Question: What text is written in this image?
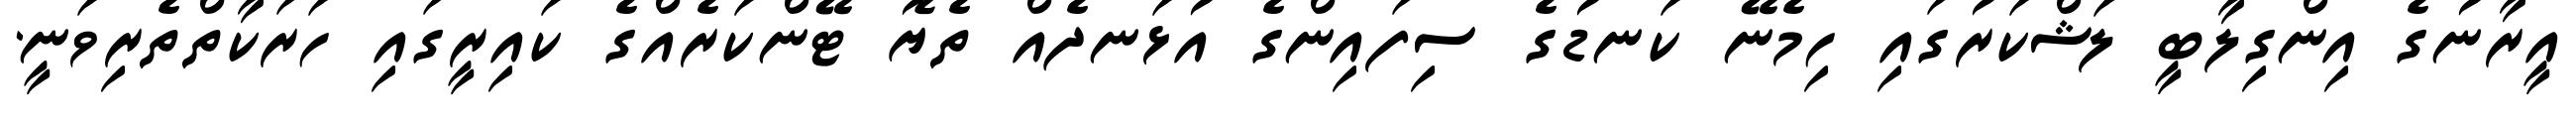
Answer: އީރާނުގެ އިންގިލާބީ ލަޝްކަރުގައި ހިމެނޭ ކަނޑުގެ ސިފައިންގެ އުޅަނދެއް ތެޔޮ ޓޭންކަރެއްގެ ކައިރީގައި ހަރަކާތްތެރިވަނީ.